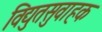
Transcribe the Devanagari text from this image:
विद्युतसुवाहक